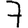
Digit: 7